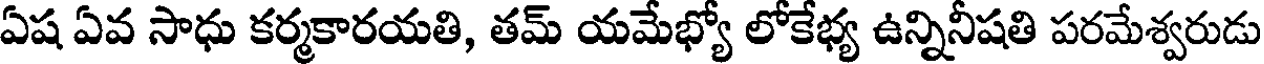
ఏష ఏవ సాధు కర్మకారయతి, తమ్ యమేభ్యో లోకేభ్య ఉన్నినీషతి పరమేశ్వరుడు